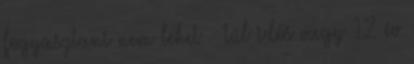
fogyasztani nem lehet – túl idős vagy 12 év